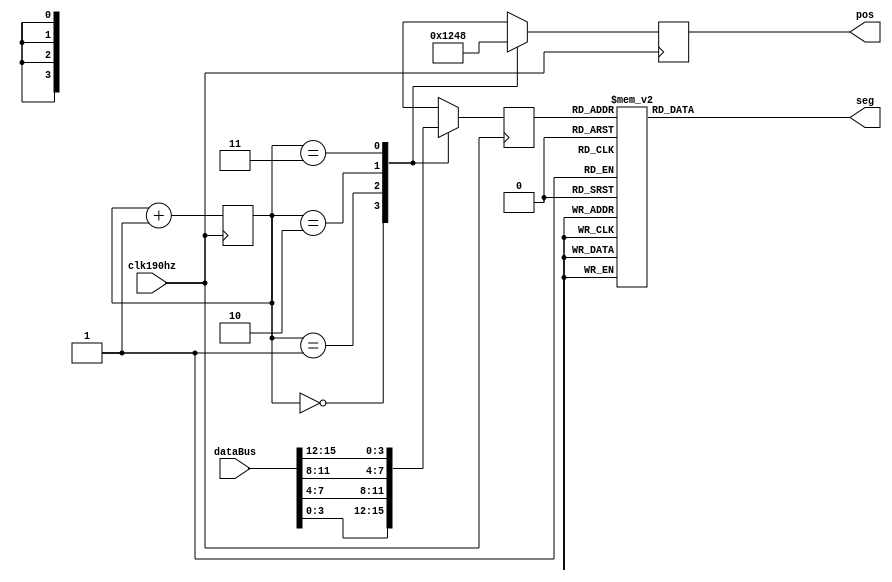
module segMsg(
    input clk190hz,
    input [15:0] dataBus,
    output reg[3:0] pos,
    output reg[7:0] seg
);
    reg[1:0] posC;
    reg[3:0] dataP;
    always @(posedge clk190hz)begin
     case(posC)
        0:begin
            pos<=4'b0001;
            dataP<=dataBus[3:0];
        end

        1:begin
            pos<=4'b0010;
            dataP<=dataBus[7:4];
        end

        2:begin
            pos<=4'b0100;
            dataP<=dataBus[11:8];
        end

        3:begin
            pos<=4'b1000;
            dataP<=dataBus[15:12];
        end

    endcase
    if(posC==4)
        posC=0;
    else
        posC=posC+1;
    end

    always @(dataP)
        case(dataP)
            0:seg=8'b0011_1111;
            1:seg=8'b0000_0110;
            2:seg=8'b0101_1011;
            3:seg=8'b0100_1111;
            4:seg=8'b0110_0110;
            5:seg=8'b0110_1101;
            6:seg=8'b0111_1101;
            7:seg=8'b0000_0111;
            8:seg=8'b0111_1111;
            9:seg=8'b0110_1111;
            10:seg=8'b0110_0100;    // s
            11:seg=8'b0011_1110;    // u
            12:seg=8'b0000_1000;    // _

            default: seg=8'b0000_1000;
        endcase
endmodule